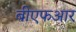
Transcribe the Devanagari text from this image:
बीएफआर